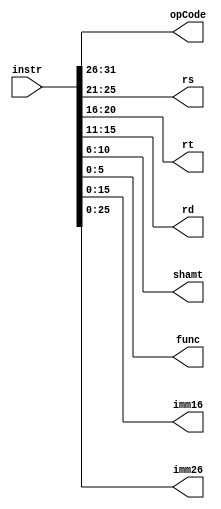
`timescale 1ns / 1ps

module splitter(
	input [31:0] instr,
	output [5:0] opCode,
	output [4:0] rs, 
	output [4:0] rt,
	output [4:0] rd,
	output [4:0] shamt,
	output [5:0] func,
	output [15:0] imm16,
	output [25:0] imm26
    );

	assign opCode = {instr[31:26]};
	assign rs = {instr[25:21]};
	 assign rt = {instr[20:16]};
	 assign rd = {instr[15:11]};
	 assign shamt = {instr[10:6]};
	 assign func = {instr[5:0]};
	 assign imm16 = {instr[15:0]};
	 assign imm26 = {instr[25:0]};

endmodule